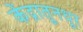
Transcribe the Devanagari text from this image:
केंद्रातूनधूर